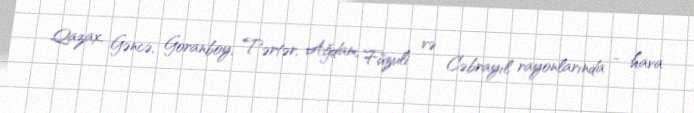
Qazax, Gəncə, Goranboy, Tərtər, Ağdam, Füzuli və Cəbrayıl rayonlarında - hava